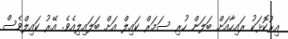
އިރުކޮޅަކު ރައިހާއަށް ބަލަން ހުރި ސަމަރް ކައިލް އަށް ބަލައިލިއެވެ. އޭރު ކައިލްވެސް